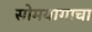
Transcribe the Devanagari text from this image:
सोमयागाचा